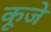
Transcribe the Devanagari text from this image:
कूजे